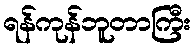
ရန်ကုန်ဘူတာကြီး